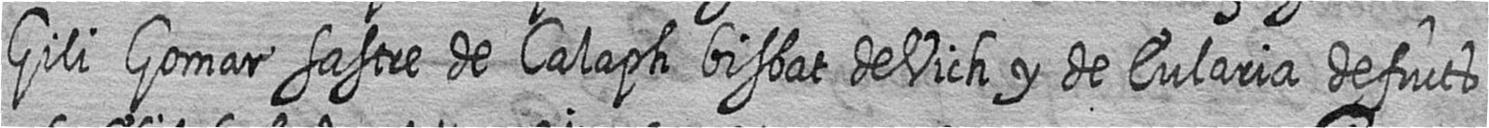
Gili Gomar sastre de Calaph bisbat de Vich y de Eularia defucts